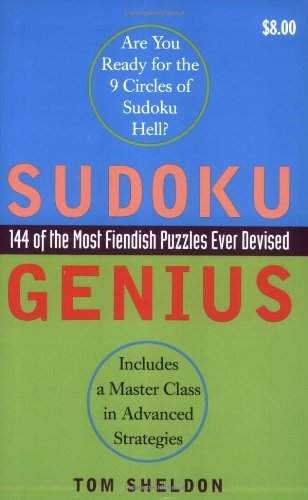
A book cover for Sudoku Genius: 144 of the Most Fiendish Puzzles Ever Devised; Tom Sheldon; Humor & Entertainment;